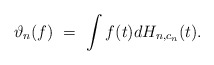
\begin{align*} \vartheta_n(f) \ = \ \int f(t)dH_{n,c_n}(t).\end{align*}